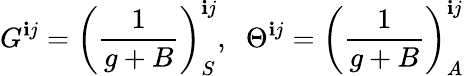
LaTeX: G^{\mathbf{i}j}=\left({\frac{{1}}{{g+B}}}\right)_{S}^{\mathbf{i}j},\; \; \Theta^{\mathbf{i}j}=\left({\frac{{1}}{{g+B}}}\right)_{A}^{\mathbf{i}j}